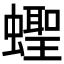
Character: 蟶